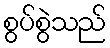
စွပ်စွဲသည်